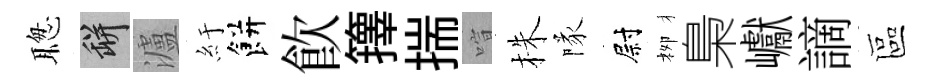
聦瓶瀘紆餅飮籜揣喧株隊尉栁梟巘謫區